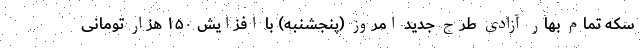
سکه تمام بهار آزادی طرح جدید امروز (پنجشنبه) با افزایش ۱۵۰ هزار تومانی